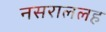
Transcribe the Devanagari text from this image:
नसराललह